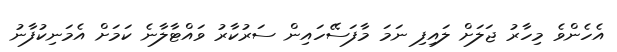
އެހެންވެ މިހާރު ޖަލަށް ލައިފި ނަމަ މާފަސޭހައިން ސަރުކާރު ވައްޓާލާނެ ކަމަށް އެމަނިކުފާނު